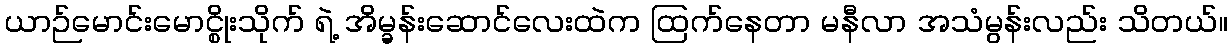
ယာဉ်မောင်းမောင္စိုးသိုက် ရဲ့ အိမ္ခန်းဆောင်လေးထဲက ထြက်နေတာ မနီလာ အသံမွန်းလည်း သိတယ်။